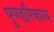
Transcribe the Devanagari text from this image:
पुण्डरिकाय